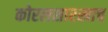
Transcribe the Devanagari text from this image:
कोरलसारखाच